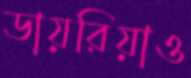
ডায়রিয়াও